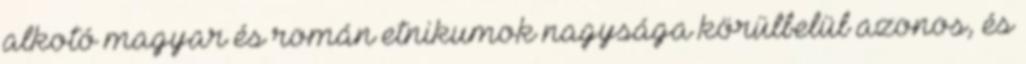
alkotó magyar és román etnikumok nagysága körülbelül azonos, és